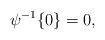
LaTeX: \begin{align*}\psi^{-1}\{0\}=0,\end{align*}